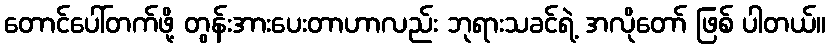
တောင်ပေါ်တက်ဖို့ တွန်းအားပေးတာဟာလည်း ဘုရားသခင်ရဲ့ အလိုတော် ဖြစ် ပါတယ်။